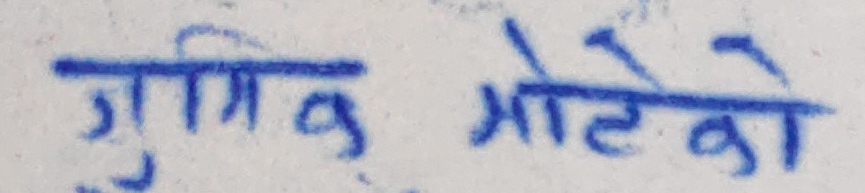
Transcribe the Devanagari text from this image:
जोखिम मोटेको